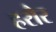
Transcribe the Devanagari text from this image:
हरौर